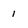
Character: 1